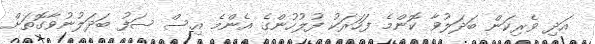
އަދި ވެރިކަން ބަދަލުވާ ކޮންމެ ފަހަރަކު ފުލުހުންގެ އެންމެ އިސް ސަފު ބަދަލުނުވާގޮތަށް